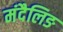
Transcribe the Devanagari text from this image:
मंदैलिङ